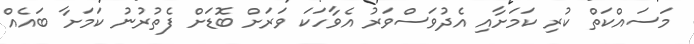
މަސައްކަތް ކުރި ކަމަށާއި އެދުވަސްވަރު އެވާހަކަ ވަރަށް ބޮޑަށް ފެތުރުނު ކަމަށާ ބައެއް